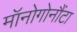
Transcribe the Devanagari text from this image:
मॉनोगोनौंटा